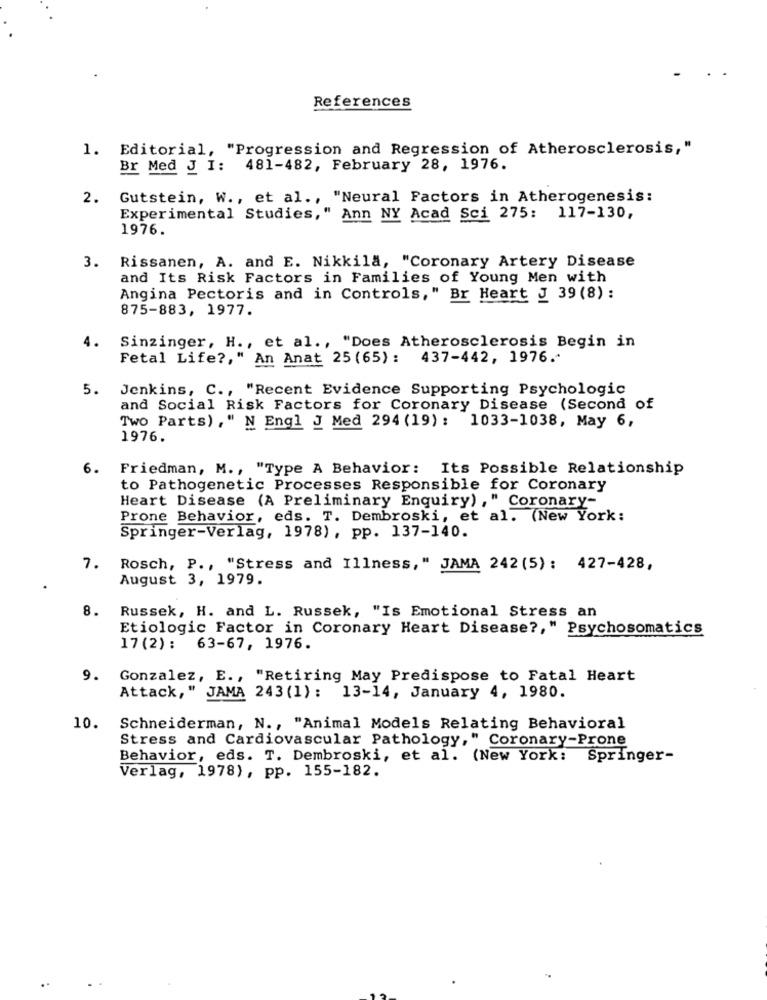
References
1. Editorial, "Progression and Regression of Atherosclerosis,"
Br Med J I: 481-482, February 28, 1976.
2.
Gutstein, W ., et al ., "Neural Factors in Atherogenesis:
Experimental Studies," Ann NY Acad Sci 275: 117-130,
1976.
3. Rissanen, A. and E. Nikkila, "Coronary Artery Disease
and Its Risk Factors in Families of Young Men with
Angina Pectoris and in Controls," Br Heart J 39 (8) :
875-883, 1977.
4.
Sinzinger, H ., et al ., "Does Atherosclerosis Begin in
Fetal Life ?, " An Anat 25 (65) : 437-442, 1976.
5.
Jenkins, C ., "Recent Evidence Supporting Psychologic
and Social Risk Factors for Coronary Disease (Second of
Two Parts) ," N Engl J Med 294 (19) : 1033-1038, May 6,
1976.
6.
Friedman, M ., "Type A Behavior: Its Possible Relationship
to Pathogenetic Processes Responsible for Coronary
Heart Disease (A Preliminary Enquiry) , " Coronary-
Prone Behavior, eds. T. Dembroski, et al. (New York:
Springer-Verlag, 1978) , pp. 137-140.
7.
Rosch, P ., "Stress and Illness," JAMA 242 (5): 427-428,
August 3, 1979.
Russek, H. and L. Russek, "Is Emotional Stress an
8.
Etiologic Factor in Coronary Heart Disease ?, " Psychosomatics
17 (2) : 63-67, 1976.
9. Gonzalez, E ., "Retiring May Predispose to Fatal Heart
Attack, "
," JAMA 243 (1) : 13-14, January 4, 1980.
10. Schneiderman, N ., "Animal Models Relating Behavioral
Stress and Cardiovascular Pathology," Coronary-Prone
Behavior, eds. T. Dembroski, et al. (New York: Springer-
Verlag, 1978), pp. 155-182.